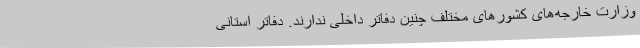
وزارت خارجه‌های کشورهای مختلف چنین دفاتر داخلی ندارند. دفاتر استانی